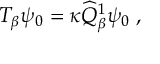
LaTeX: T _ { \beta } \psi _ { 0 } = \kappa \widehat { Q } _ { \beta } ^ { 1 } \psi _ { 0 } \; ,